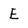
Character: E